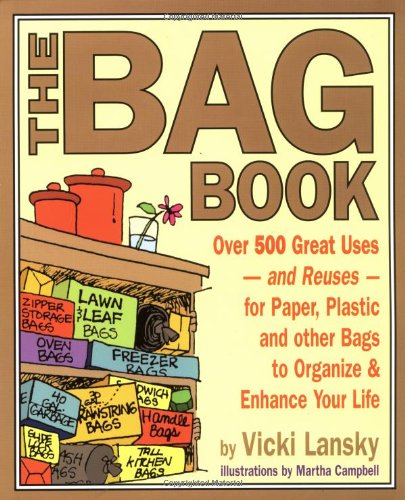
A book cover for The Bag Book: Over 500 Great Uses and Reuses for Paper, Plastic and Other Bags to Organize and Enhance Your Life (Lansky, Vicki); Vicki Lansky; Science & Math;